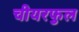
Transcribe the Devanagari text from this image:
चीयरफुल